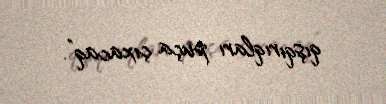
qışqırıqları puça çıxacaq”.